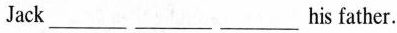
Jack ___ his father.